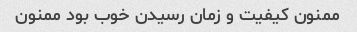
ممنون کیفیت و زمان رسیدن خوب بود ممنون